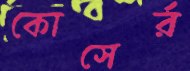
কোসের্র